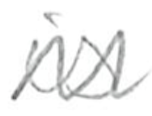
Text: is
Cross-out: zig-zag
Writing tool: pencil